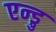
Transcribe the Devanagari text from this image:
एन्ड्रु